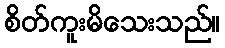
စိတ်ကူးမိသေးသည်။